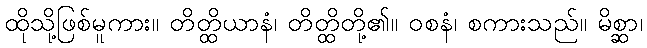
ထိုသို့ဖြစ်မူကား။ တိတ္ထိယာနံ၊ တိတ္ထိတို့၏။ ဝစနံ၊ စကားသည်။ မိစ္ဆာ၊